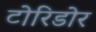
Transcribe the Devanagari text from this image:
टोरिडोर